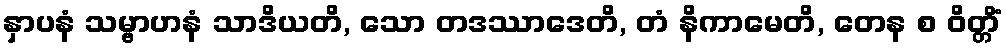
နှာပနံ သမ္ဗာဟနံ သာဒိယတိ, သော တဒဿာဒေတိ, တံ နိကာမေတိ, တေန စ ဝိတ္တိံ